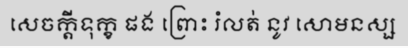
សេចក្តីទុក្ខ ផង ព្រោះ រំលត់ នូវ សោមនស្ស